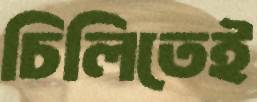
চিলিতেই